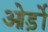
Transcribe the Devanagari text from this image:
ओर्ड़ो